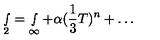
\smallint _ { 2 } = \smallint _ { \infty } + \alpha ( { \frac 1 3 } T ) ^ { n } + \ldots